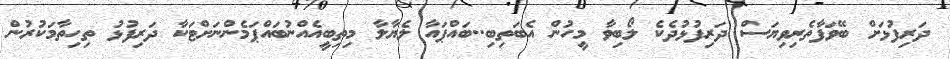
ދަރިފުޅަށް ބޭވަފާތެރިވިޔަސް ދަރިފުޅުދެކެ ލޯބިވާ މީހުން އެބަތިބި..ބައްޕައާާ ލެޔާލާ މިތިބީއެއްނުބައްޕަމެންނަށްޓަކާ ދަރިފުޅު ތިހިތާމަކުރުން